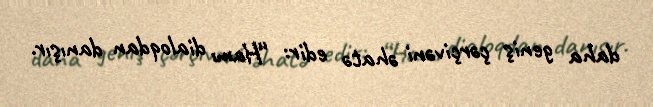
daha geniş çərçivəni əhatə edir: “Hamı dialoqdan danışır.